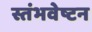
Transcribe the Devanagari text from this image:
स्तंभवेष्टन